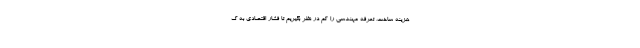
هزینه ساخت، تعرفه مهندسی را کم در نظر بگیریم تا فشار اقتصادی به ک